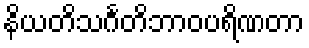
နိယတိသင်္ဂတိဘာဝပရိဏတာ